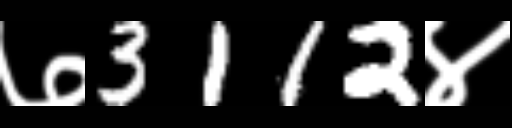
Text: ७3112४